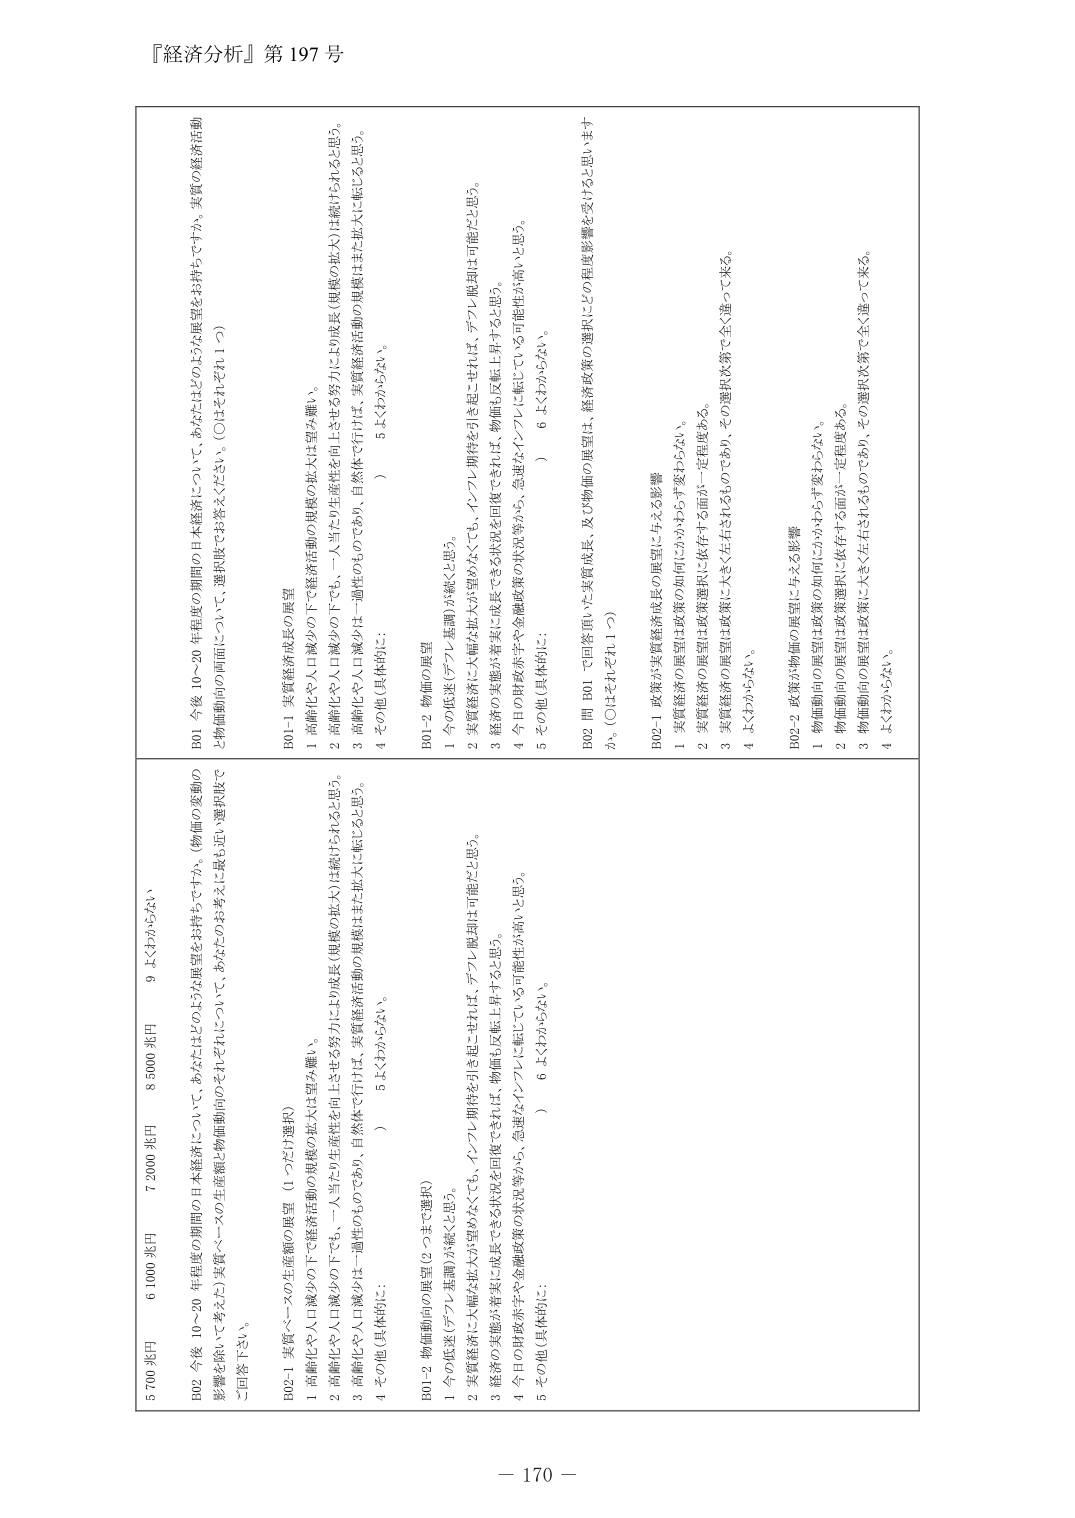
『経済分析』第197号

5 700 米円
6 1000 米円
7 2000 米円
8 5000 米円
9 よくわからない

B02 今後 10～20 年程度の期間の日本経済について、あなたはどのような展望をお持ちですか。（物価の変動の
影響を除いて）まず、実質ベースの生産額と物価動向のどちらに重点を置くかをお答えに戴き、選択肢で
ご回答下さい。

B02-1 実質ベースの生産額の展望（1つだけ選択）
1 高齢化や人口減少の下で経済活動の規模の拡大は望み薄い。
2 高齢化や人口減少の下でも、一人当たりの生産性を向上させる努力により成長（規模の拡大）は続けられると思う。
3 高齢化や人口減少は一過性のものであり、自然体で行けば、実質経済活動の規模はまた拡大に転じるとと思う。
4 その他（具体的に：　　　　　　　　　　　　　　　　　　　　　　　　　　　　　　　　　　）
5 よくわからない。
6 よくわからない。

B01-2 物価動向の展望（2つまで選択）
1 今の低迷（デフレ基調）が続くと思う。
2 実質経済に大幅な拡大が望めなくても、インフレ期待を引き起こせれば、デフレ脱却は可能だと思う。
3 経済の実態が着実に成長できる状況を回復できれば、物価は反転上昇すると思う。
4 今日の財政赤字や金融政策の状況等から、急速なインフレに転じている可能性が高いと思う。
5 その他（具体的に：　　　　　　　　　　　　　　　　　　　　　　　　　　　　　　　　　　）
6 よくわからない。

B01 今後 10～20 年程度の期間の日本経済について、あなたはどのような展望をお持ちですか。実質の経済活動
と物価動向の両面について、選択肢でお答えください。（○はそれぞれ1つ）

B01-1 実質経済成長の展望
1 高齢化や人口減少の下で経済活動の規模の拡大は望み薄い。
2 高齢化や人口減少の下でも、一人当たりの生産性を向上させる努力により成長（規模の拡大）は続けられると思う。
3 高齢化や人口減少は一過性のものであり、自然体で行けば、実質経済活動の規模はまた拡大に転じると思う。
4 その他（具体的に：　　　　　　　　　　　　　　　　　　　　　　　　　　　　　　　　　　）
5 よくわからない。

B01-2 物価の展望
1 今の低迷（デフレ基調）が続くと思う。
2 実質経済に大幅な拡大が望めなくても、インフレ期待を引き起こせれば、デフレ脱却は可能だと思う。
3 経済の実態が着実に成長できる状況を回復できれば、物価は反転上昇すると思う。
4 今日の財政赤字や金融政策の状況等から、急速なインフレに転じている可能性が高いと思う。
5 その他（具体的に：　　　　　　　　　　　　　　　　　　　　　　　　　　　　　　　　　　）
6 よくわからない。

B02 問 B01 で回答頂いた実質成長、及び物価の展望は、経済政策の選択にどの程度影響を受けけると思います
か。（○はそれぞれ1つ）

B02-1 政策が実質経済成長の展望に与える影響
1 実質経済の展望は政策の如何にかかわらず変わらない。
2 実質経済の展望は政策選択に依存する面が一定程度ある。
3 実質経済の展望は政策に大きく左右されるのであり、その選択次第で全く違って来る。
4 よくわからない。

B02-2 政策が物価の展望に与える影響
1 物価動向の展望は政策の如何にかかわらず変わらない。
2 物価動向の展望は政策選択に依存する面が一定程度ある。
3 物価動向の展望は政策に大きく左右されるのであり、その選択次第で全く違って来る。
4 よくわからない。

－ 170 －